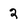
Character: 2